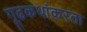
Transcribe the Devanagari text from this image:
गूढकथांकरता